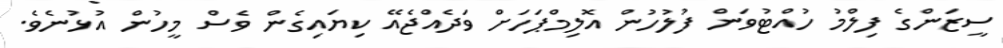
ސީޒަންގެ ފިލްމު ހުއްޓުވަން ފުލުހުން އޮލިމްޕަހަށް ވަދެއްޖެއޭ ކިޔައިގެން ވެސް މީހުން އުޅުނެވެ.